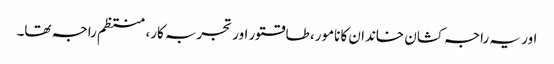
اور یہ راجہ کشان خاندان کا نامور، طاقتور اور تجربہ کار، منتظم راجہ تھا۔